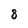
Character: 8